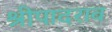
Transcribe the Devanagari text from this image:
श्रीपादराव